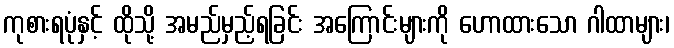
ကုစားရပုံနှင့် ထိုသို့ အမည်မှည့်ရခြင်း အကြောင်းများကို ဟောထားသော ဂါထာများ၊